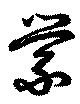
縈